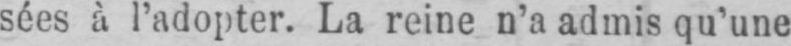
sées à l’adopter. La reine n’a admis qu’une